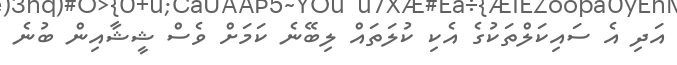
އަދި އެ ސައިކަލްތަކުގެ އެކި ކުލަތައް ލިބޭނެ ކަމަށް ވެސް ޝީޝާއިން ބުނެ